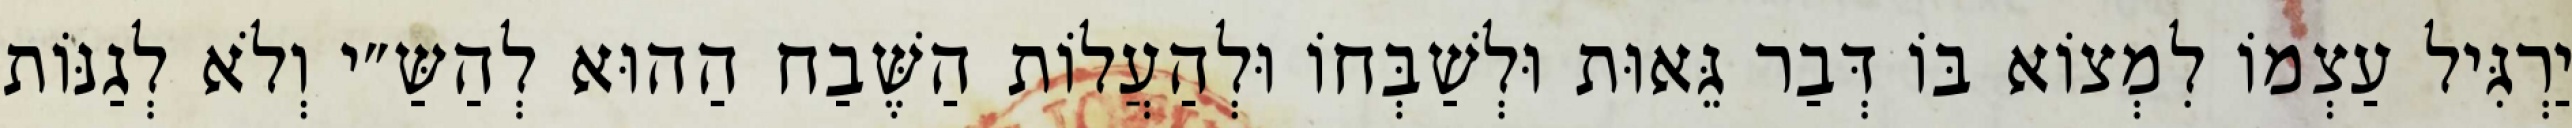
יַרְגִּיל עַצְמוֹ לִמְצוֹא בּוֹ דְּבַר גֵּאוּת וּלְשַׁבְּחוֹ וּלְהַעֲלוֹת הַשֶּׁבַח הַהוּא לְהַשַּ״י וְלֹא לְגַנּוֹת